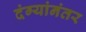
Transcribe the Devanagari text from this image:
दंग्यांनंतर